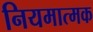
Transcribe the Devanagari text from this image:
नियमात्मक